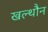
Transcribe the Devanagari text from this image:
खल्थौन